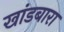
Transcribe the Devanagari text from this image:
खांडबारा